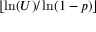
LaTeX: \lfloor \ln ( U ) / \ln ( 1 - p ) \rfloor